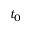
t _ { 0 }